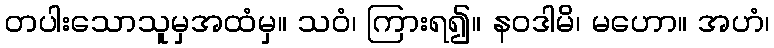
တပါးသောသူမှအထံမှ။ သဝံ၊ ကြားရ၍။ နဝဒါမိ၊ မဟော။ အဟံ၊